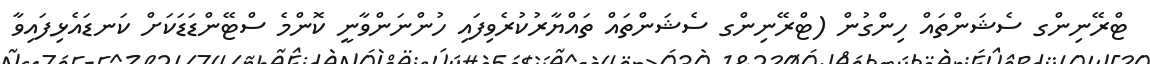
ޓްރޭނިންގ ސެޝަންތައް ހިންގުން (ޓްރޭނިންގ ސެޝަންތައް ތައްޔާރުކުރެވިފައި ހުންނަންވާނީ ކޮންމެ ސްޓޭންޑަޑަކަށް ކަނޑައެޅިފައިވާ